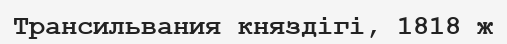
Трансильвания княздігі, 1818 ж